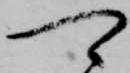
可